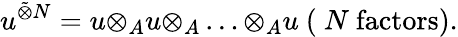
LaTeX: u^{\tilde{\otimes}N}=u{\otimes}_{A}u{\otimes}_{A}\ldots{\otimes}_{A}u~(~N\mathrm{~factors}).